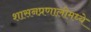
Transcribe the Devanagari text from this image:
शासनप्रणालीमध्ये